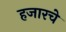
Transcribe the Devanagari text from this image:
हजारचे